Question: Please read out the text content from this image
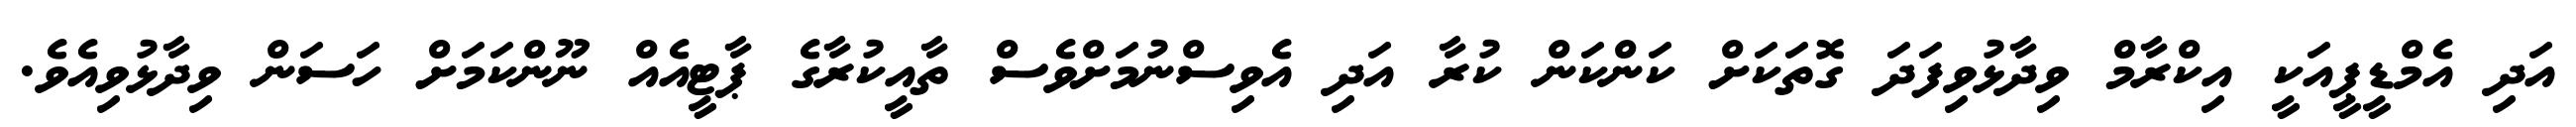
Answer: އަދި އެމްޑީޕީއަކީ އިކްރާމް ވިދާޅުވިފަދަ ގޮތަކަށް ކަންކަން ކުރާ އަދި އެވިސްނުމަށްވެސް ތާއީކުރާގެ ޕާޓީއެއް ނޫންކަމަށް ހަސަން ވިދާޅުވިއެވެ.